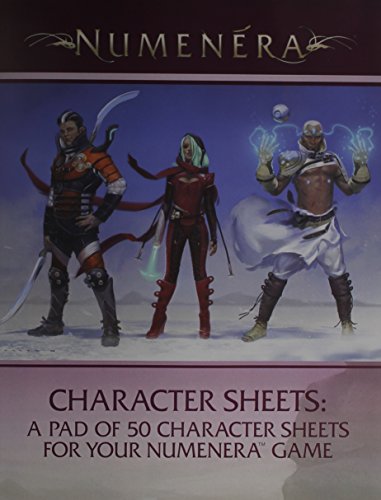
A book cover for Numenera Character Sheets; Science Fiction & Fantasy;